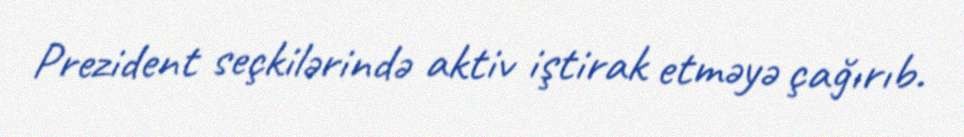
Prezident seçkilərində aktiv iştirak etməyə çağırıb.